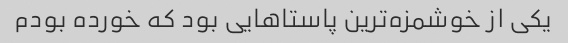
یکی از خوشمزه‌ترین پاستاهایی بود که خورده بودم